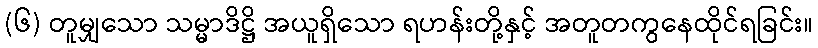
(၆) တူမျှသော သမ္မာဒိဋ္ဌိ အယူရှိသော ရဟန်းတို့နှင့် အတူတကွနေထိုင်ရခြင်း။